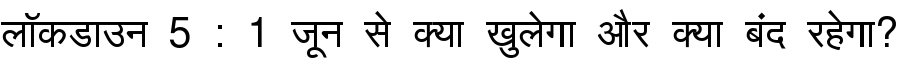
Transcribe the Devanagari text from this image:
लॉकडाउन 5 : 1 जून से क्या खुलेगा और क्या बंद रहेगा?